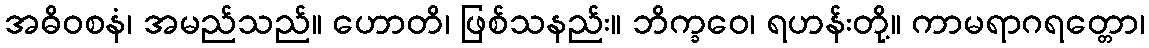
အဓိဝစနံ၊ အမည်သည်။ ဟောတိ၊ ဖြစ်သနည်း။ ဘိက္ခဝေ၊ ရဟန်းတို့။ ကာမရာဂရတ္တော၊